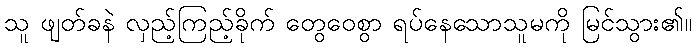
သူ ဖျတ်ခနဲ လှည့်ကြည့်ခိုက် တွေဝေစွာ ရပ်နေသောသူမကို မြင်သွား၏။